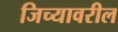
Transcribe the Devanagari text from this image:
जिच्यावरील